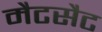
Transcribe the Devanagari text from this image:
मैटसैट